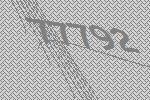
77792